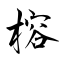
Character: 榕